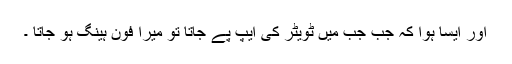
اور ایسا ہوا کہ جب جب میں ٹویٹر کی ایپ پے جاتا تو میرا فون ہینگ ہو جاتا ۔